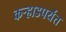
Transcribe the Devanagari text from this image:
कर्‍हाडपर्यंत